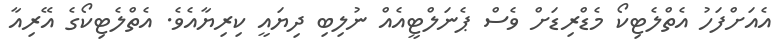
އެއަށްފަހު އެތްލެޓިކޯ މެޑްރިޑަށް ވެސް ޕެނަލްޓީއެއް ނުލިބި ދިޔައީ ކިރިޔާއެވެ. އެތްލެޓިކޯގެ އޭރިއާ